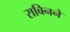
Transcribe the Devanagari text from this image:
राबिनने